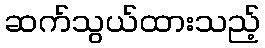
ဆက်သွယ်ထားသည့်